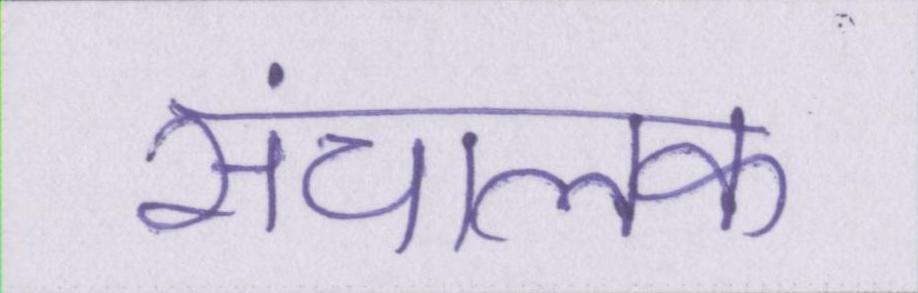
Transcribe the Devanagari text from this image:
संचालक